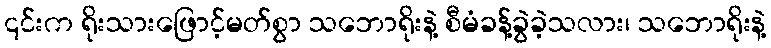
၎င်းက ရိုးသားဖြောင့်မတ်စွာ သဘောရိုးနဲ့ စီမံခန့်ခွဲခဲ့သလား၊ သဘောရိုးနဲ့